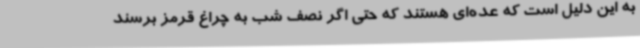
به این دلیل است که عده‌ای هستند که حتی اگر نصف شب به چراغ قرمز برسند